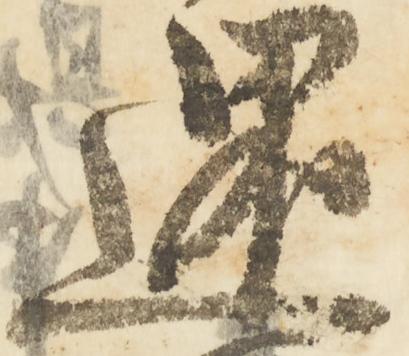
還